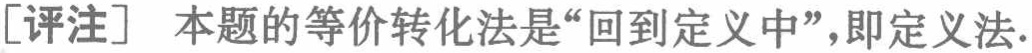
[评注] 本题的等价转化法是“回到定义中”，即定义法.